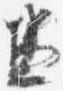
兼